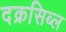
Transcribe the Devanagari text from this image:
दक्रसिब्ल